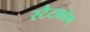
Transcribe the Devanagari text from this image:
स्टैटकॉम